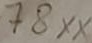
Text: 78XX